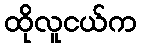
ထိုလူငယ်က